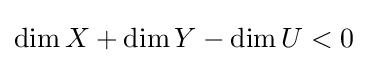
\dim X+\dim Y-\dim U<0